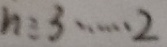
n \div 3 \cdots 2